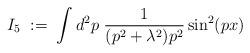
LaTeX: \begin{align*}I_5 \; := \; \int d^2p \; \frac{1}{(p^2 + \lambda^2) p^2}\sin^2(px)\end{align*}